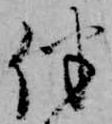
伴